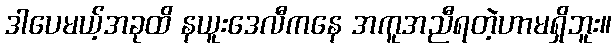
ဒါပေမယ့်အခုထိ နယူးဒေလီကနေ အကူအညီရတဲ့ဟာမရှိဘူး။